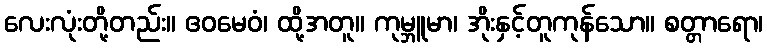
လေးလုံးတို့တည်း။ ဧဝမေဝံ၊ ထို့အတူ။ ကုမ္ဘူမာ၊ အိုးနှင့်တူကုန်သော။ စတ္တာရော၊